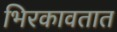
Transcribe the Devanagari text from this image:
भिरकावतात